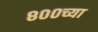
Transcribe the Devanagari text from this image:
८००च्या